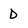
Character: D